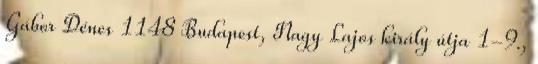
Gábor Dénes 1148 Budapest, Nagy Lajos király útja 1-9.,